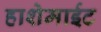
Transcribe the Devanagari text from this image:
हाशेमाईट